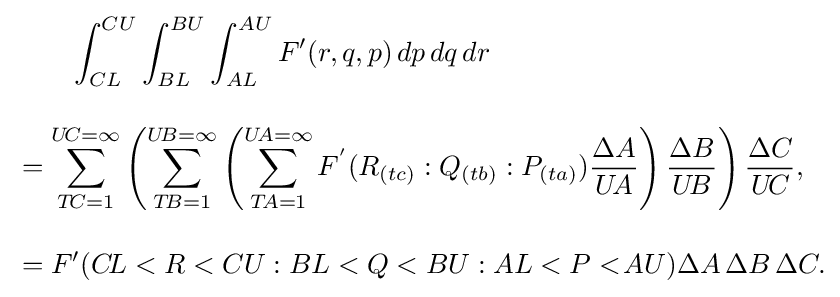
{\begin{aligned}&{}\qquad \int _{CL}^{CU}\int _{BL}^{BU}\int _{AL}^{AU}F'(r,q,p)\,dp\,dq\,dr\\[10pt]&=\sum _{T\!C=1}^{U\!C=\infty }\left(\sum _{T\!B=1}^{U\!B=\infty }\left(\sum _{T\!A=1}^{U\!A=\infty }F^{'}(R_{(tc)}:Q_{(tb)}:P_{(ta)}){\frac {\Delta A}{U\!A}}\right){\frac {\Delta B}{U\!B}}\right){\frac {\Delta C}{U\!C}},\\[10pt]&=F'(C\!L<R<CU:BL<Q<BU:AL<P<\!AU)\Delta A\,\Delta B\,\Delta C.\end{aligned}}